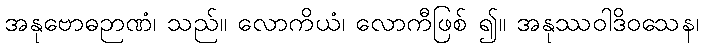
အနုဗောဓဉာဏံ၊ သည်။ လောကိယံ၊ လောကီဖြစ် ၍။ အနုဿဝါဒိဝသေန၊